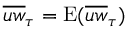
\overline { { u w } } _ { \tau } = \mathrm { E } ( \overline { { u w } } _ { \tau } )